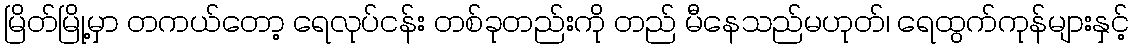
မြိတ်မြို့မှာ တကယ်တော့ ရေလုပ်ငန်း တစ်ခုတည်းကို တည် မီနေသည်မဟုတ်၊ ရေထွက်ကုန်များနှင့်